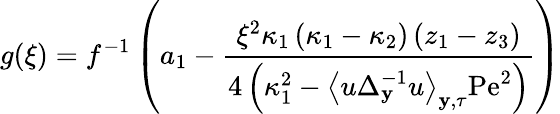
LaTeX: g(\xi)=f^{-1}\left(a_{1}-\frac{\xi^{2}\kappa_{1}\left(\kappa_{1}-\kappa_{2}\right)\left(z_{1}-z_{3}\right)}{4\left(\kappa_{1}^{2}-\left\langle u\Delta_{\mathbf{y}}^{-1}u\right\rangle_{\mathbf{y},\tau}\mathrm{Pe}^{2}\right)}\right)